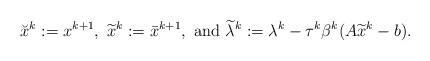
LaTeX: \begin{align*}\breve{x}^k:=x^{k+1},~\widetilde{x}^k:=\bar{x}^{k+1},~{\rm and}~\widetilde{\lambda}^k:=\lambda^k-\tau^k\beta^k(A\widetilde{x}^k-b).\end{align*}